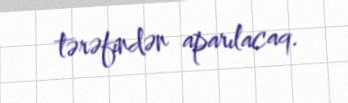
tərəfindən aparılacaq.